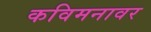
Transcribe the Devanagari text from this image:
कविमनावर